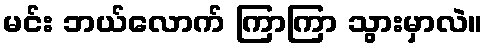
မင်း ဘယ်လောက် ကြာကြာ သွားမှာလဲ။